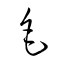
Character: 毛